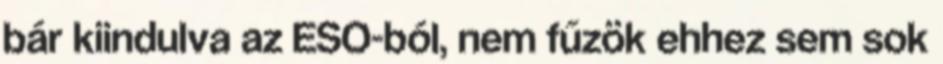
bár kiindulva az ESO-ból, nem fűzök ehhez sem sok